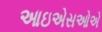
આઇએસઓએ